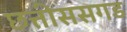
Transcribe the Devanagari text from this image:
छत्तीससगड